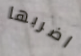
اضربها